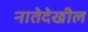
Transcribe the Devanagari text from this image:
नातेदेखील